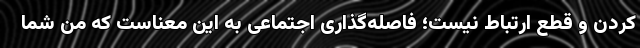
کردن و قطع ارتباط نیست؛ فاصله‌گذاری اجتماعی به این معناست که من شما